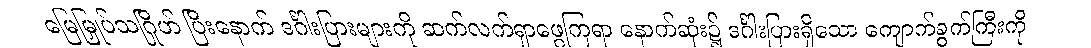
မြေမြှုပ်သဂြိုဟ် ပြီးနောက် ဒင်္ဂါးပြားများကို ဆက်လက်ရှာဖွေကြရာ နောက်ဆုံး၌ ဒင်္ဂါးပြားရှိသော ကျောက်ခွက်ကြီးကို